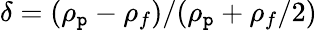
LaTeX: \delta=(\rho_{\mathtt{p}}-\rho_{f})/(\rho_{\mathtt{p}}+\rho_{f}/2)